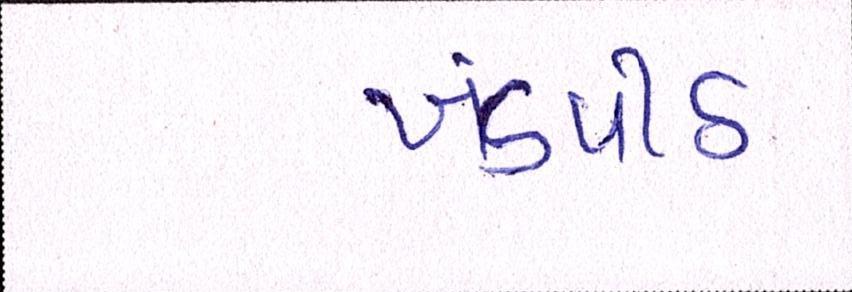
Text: ખંડપીઠ